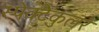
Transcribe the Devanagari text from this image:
स्पेक्टैकुलर